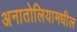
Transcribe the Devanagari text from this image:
अनातोलियामधील